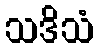
သဒိသံ